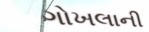
ગોખલાની